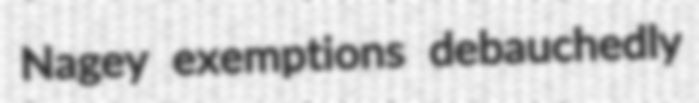
Nagey exemptions debauchedly